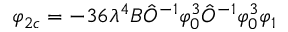
\varphi _ { 2 c } = - 3 6 \lambda ^ { 4 } B \hat { O } ^ { - 1 } \varphi _ { 0 } ^ { 3 } \hat { O } ^ { - 1 } \varphi _ { 0 } ^ { 3 } \varphi _ { 1 }